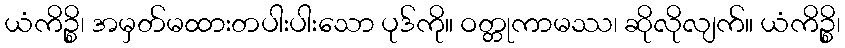
ယံကိဉ္စိ၊ အမှတ်မထားတပါးပါးသော ပုဒ်ကို။ ဝတ္တုကာမဿ၊ ဆိုလိုလျက်။ ယံကိဉ္စိ၊